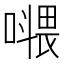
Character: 𡀧